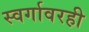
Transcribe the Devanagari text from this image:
स्वर्गावरही